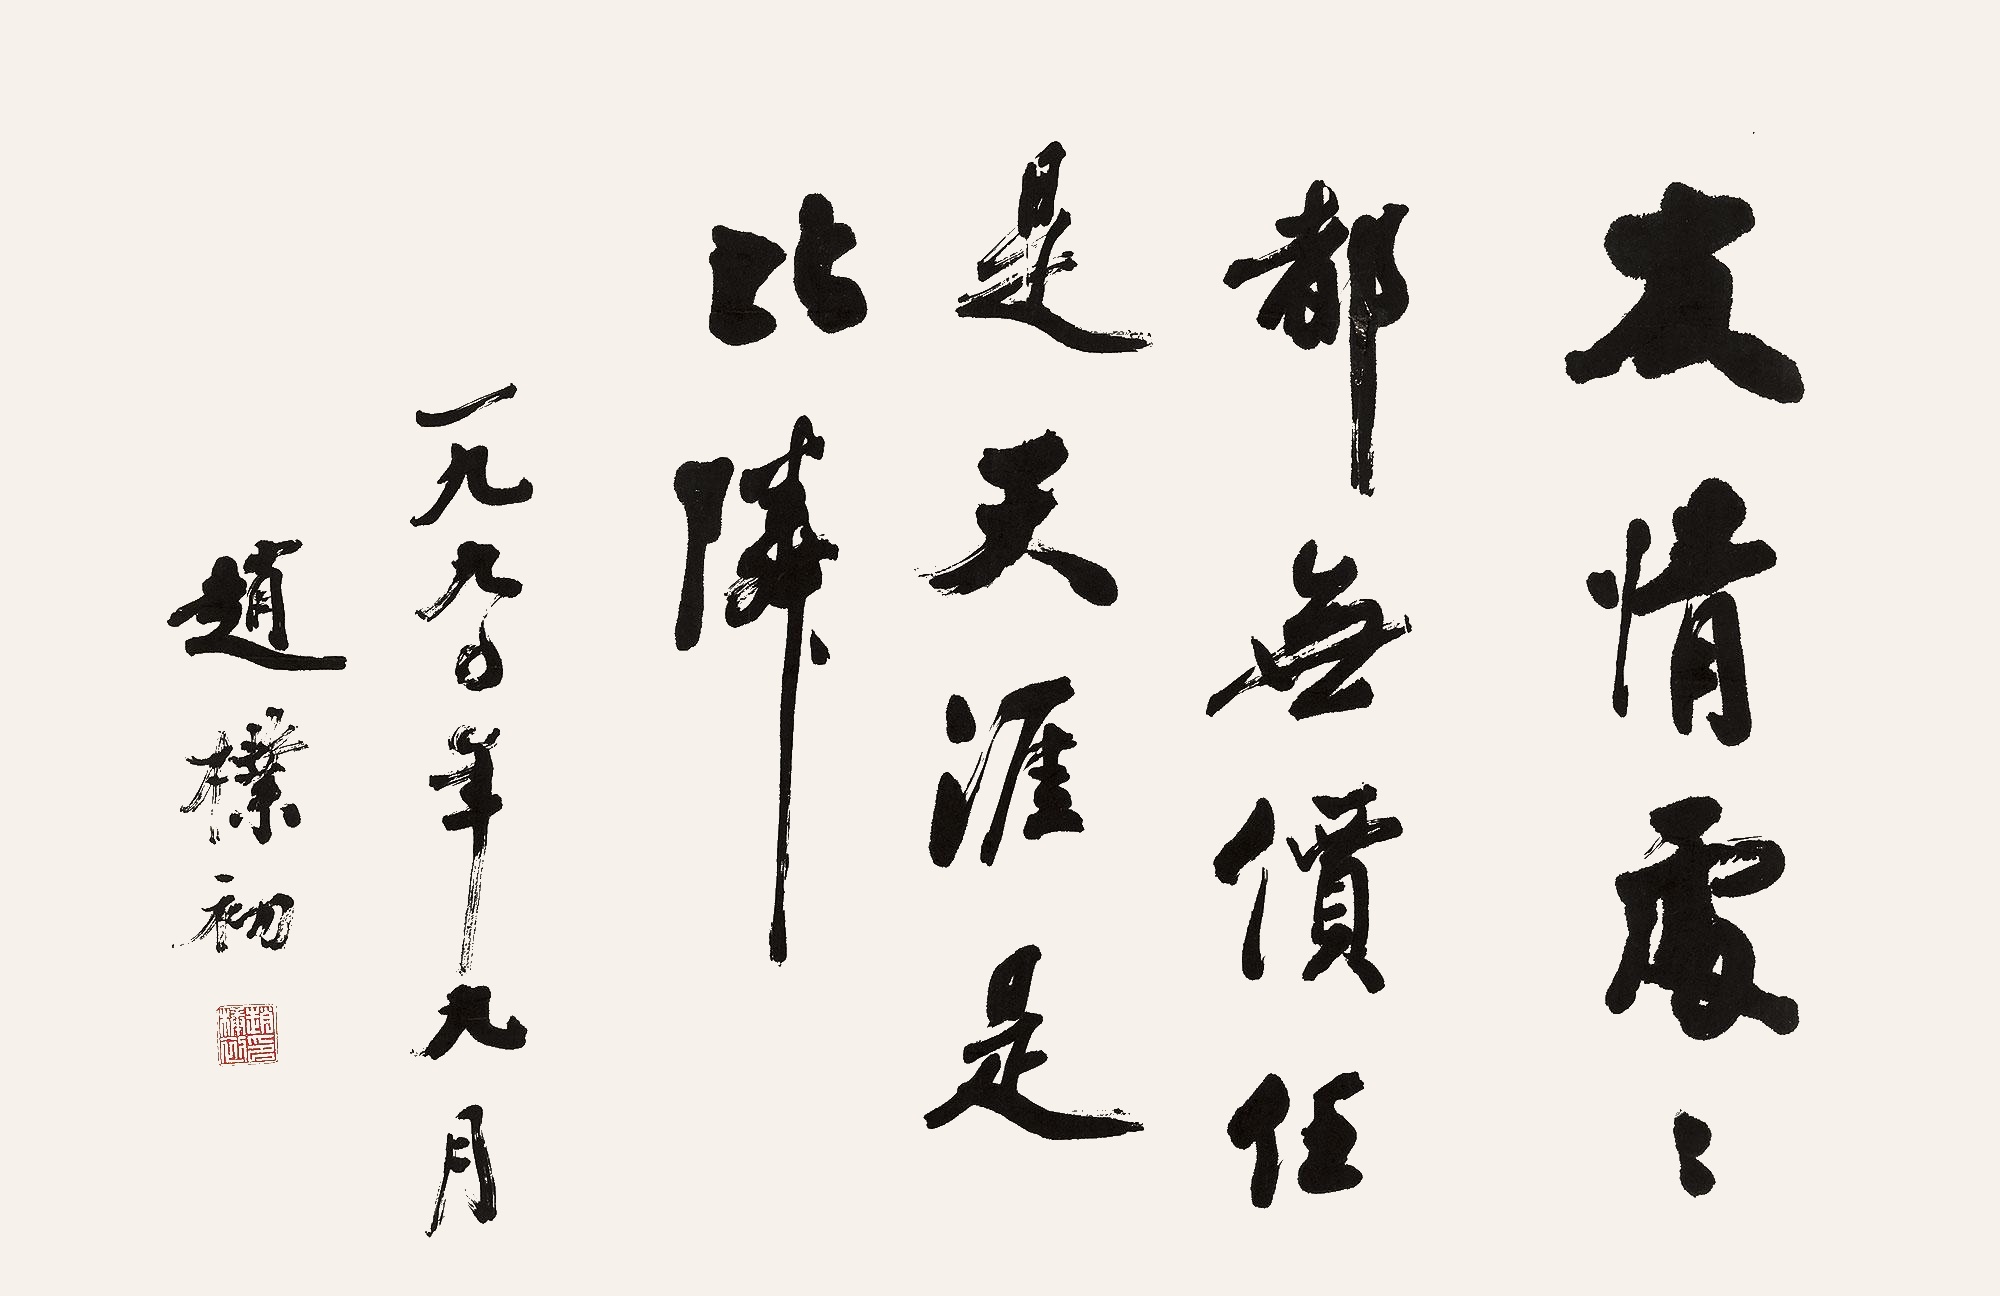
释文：友情处处都无价，任是天涯是比邻。一九九〇年九月，赵朴初。